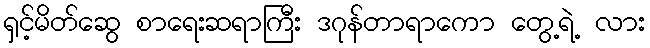
ရှင့်မိတ်ဆွေ စာရေးဆရာကြီး ဒဂုန်တာရာကော တွေ့ရဲ့ လား